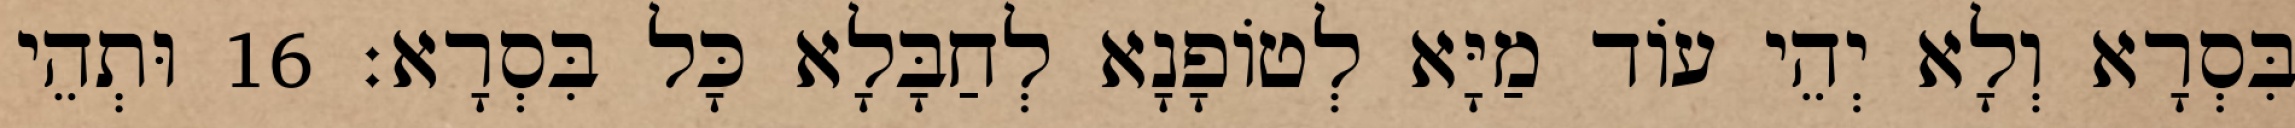
בִּסְרָא וְלָא יְהֵי עוֹד מַיָּא לְטוֹפָנָא לְחַבָּלָא כָּל בִּסְרָא׃ 16 וּתְהֵי